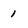
Character: 1